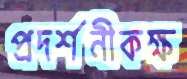
প্রদর্শনীকক্ষ